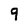
Character: 9